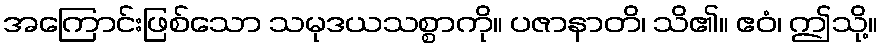
အကြောင်းဖြစ်သော သမုဒယသစ္စာကို။ ပဇာနာတိ၊ သိ၏။ ဧဝံ၊ ဤသို့။